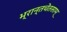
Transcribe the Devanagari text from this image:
भ्रान्तचेतसाम्